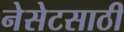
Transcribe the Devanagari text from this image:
नेसेटसाठी